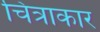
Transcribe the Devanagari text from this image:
चित्राकार